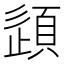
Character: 𫖠